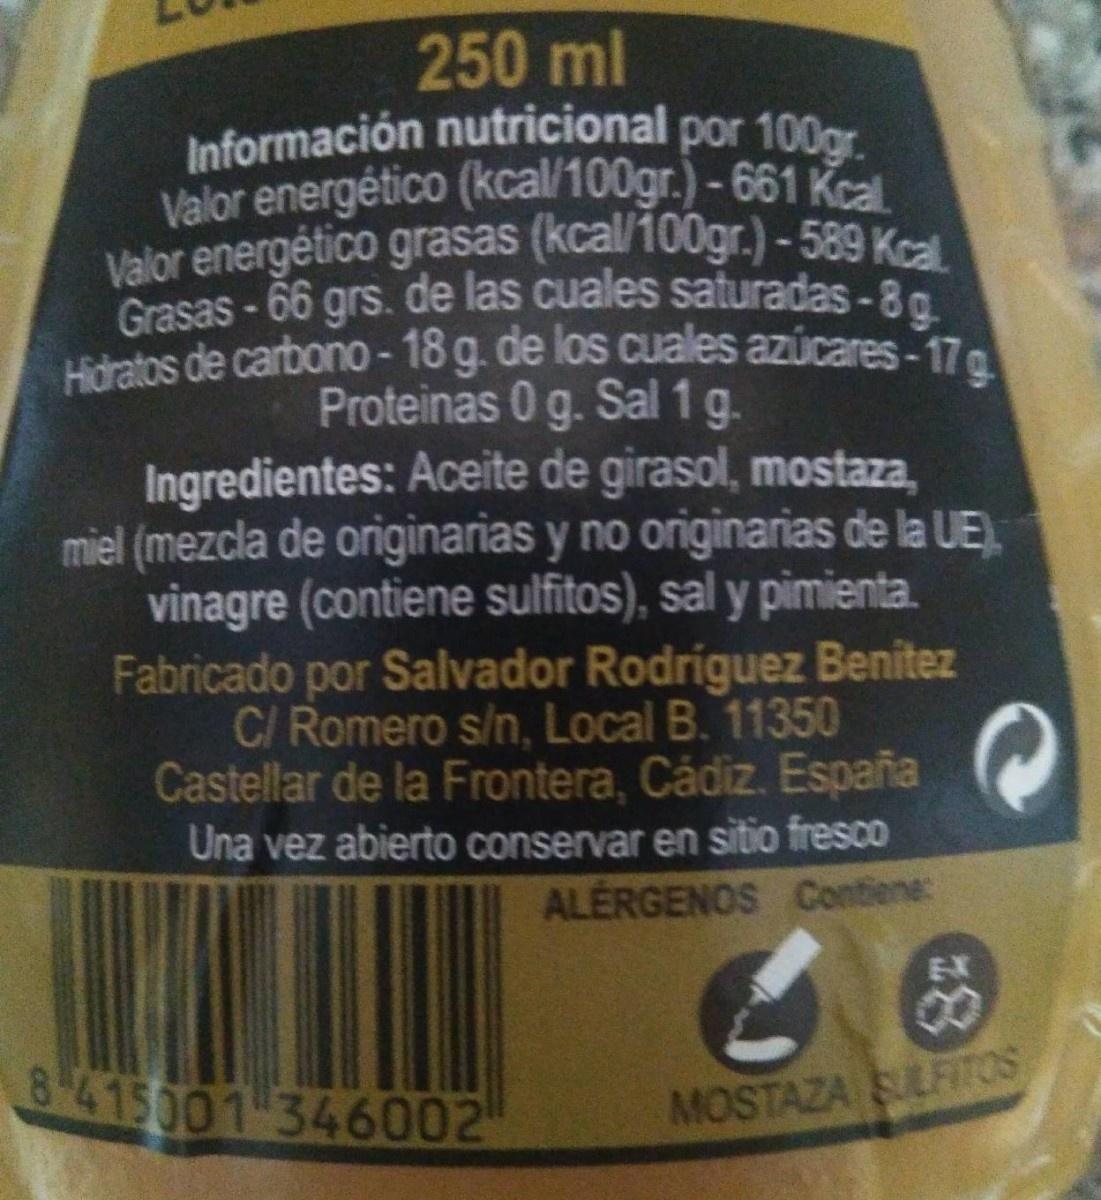
250ml Información nutricional por 100gr. Valor energético (kcal/100gr.)-661 Kcal. Valor energético grasas (kcal/100gr.)- 589 Kal Grasas - 66 grs. de las cuales saturadas-8 Hidratos de carbono-18 g. de los cuales azúcares-17g. Proteinas 0 g. Sal 1 g. Ingredientes: Aceite de girasol, mostaza, miel (mezcla de originarias y no originarias de la UE). vinagre (contiene sulfitos), sal y pimienta. Fabricado por Salvador Rodriguez Benitez C/ Romero s/n, Local B. 11350 Castellar de la Frontera, Cádiz. España Una vez abierto conservar en sitio fresco ALÉRGENOS Contiene: 8. 8415001-346002 MOSTAZA SULFITOS